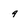
Character: 9